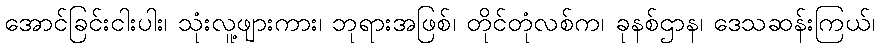
အောင်ခြင်းငါးပါး၊ သုံးလူ့ဖျားကား၊ ဘုရားအဖြစ်၊ တိုင်တုံလစ်က၊ ခုနစ်ဌာန၊ ဒေသဆန်းကြယ်၊